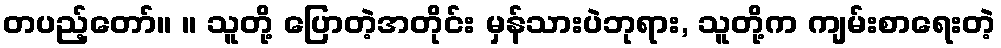
တပည့်တော်။ ။ သူတို့ ပြောတဲ့အတိုင်း မှန်သားပဲဘုရား, သူတို့က ကျမ်းစာရေးတဲ့